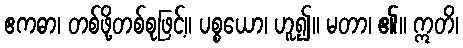
ဧကဓာ၊ တစ်ဖို့တစ်စုဖြင့်။ ပစ္စယော၊ ဟူ၍။ မတာ၊ ၏။ ဣတိ၊